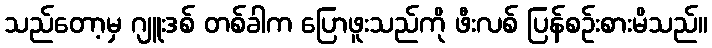
သည်တော့မှ ဂျူးဒစ် တစ်ခါက ပြောဖူးသည်ကို ဖီးလစ် ပြန်စဉ်းစားမိသည်။